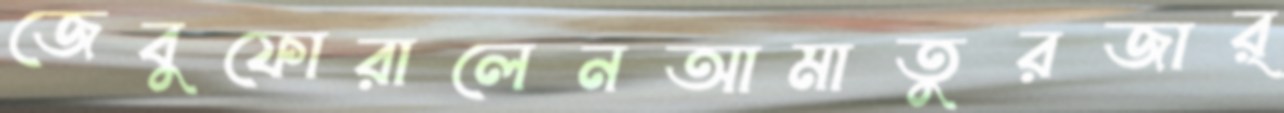
জেবুফোরালেনআমাতুরজার্